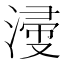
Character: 𣹰